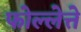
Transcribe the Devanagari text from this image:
फोल्लेत्ते